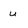
Character: u